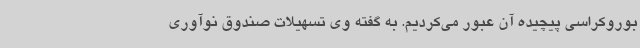
بوروکراسی پیچیده آن عبور می‌کردیم. به گفته وی تسهیلات صندوق نوآوری